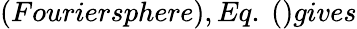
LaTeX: (Fouriersphere),Eq.\ ()gives